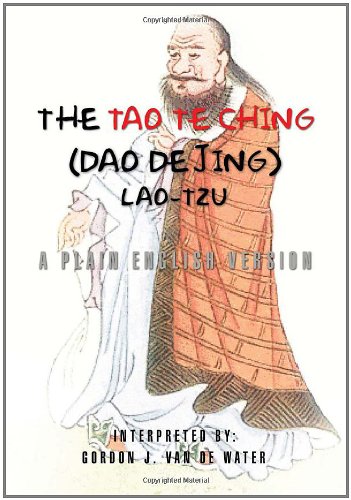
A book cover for The Tao Te Ching (Dao De Jing); Gordon J. Van De Water; Religion & Spirituality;